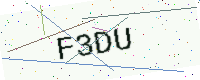
Text: F3DU